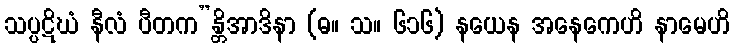
သပ္ပဋိဃံ နီလံ ပီတက”န္တိအာဒိနာ (ဓ။ သ။ ၆၁၆) နယေန အနေကေဟိ နာမေဟိ